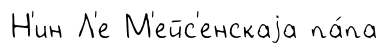
Н'ин Л'е М'ейс'енскаjа па́па